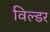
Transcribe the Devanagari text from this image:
विल्डर